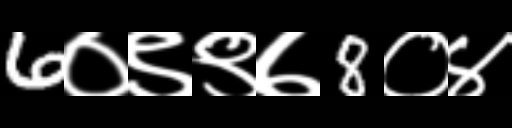
Text: 6०९९७8०४